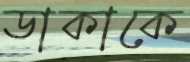
ডাকাকে